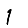
Digit: 1